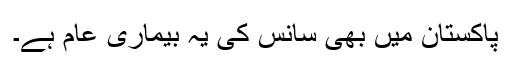
پاکستان میں بھی سانس کی یہ بیماری عام ہے۔